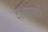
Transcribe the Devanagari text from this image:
शस्रास्रों